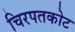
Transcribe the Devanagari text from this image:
चिरपतकोट